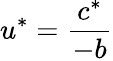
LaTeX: u^{*}=\frac{c^{*}}{-b}